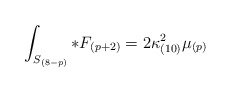
\begin{align*}\int_{S_{(8-p)}} *F_{(p+2)} = 2\kappa_{(10)}^2 \mu_{(p)}\end{align*}